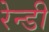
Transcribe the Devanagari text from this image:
रेन्डी